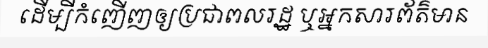
ដើម្បីកំញើញឲ្យប្រជាពលរដ្ឋ ឬអ្នកសារព័ត៌មាន